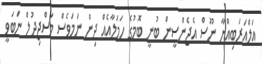
އަލްއަރަބިއްޔާ ނޫސް އެޖެންސީން ބުނީ ބޮމުގެ ހަމަލާއެއް ދިން ނަމަވެސް މަސްޖިދުލް ނަބަވީ